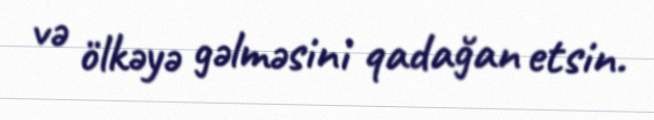
və ölkəyə gəlməsini qadağan etsin.